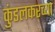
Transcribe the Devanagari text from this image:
कुंडलकरच्या